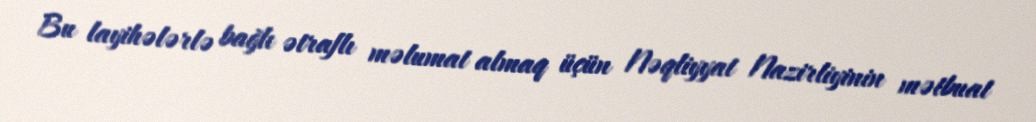
Bu layihələrlə bağlı ətraflı məlumat almaq üçün Nəqliyyat Nazirliyinin mətbuat